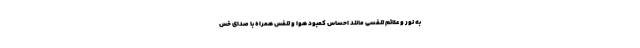
به نور و علائم تنفسی مانند احساس کمبود هوا و تنفس همراه با صدای خس